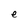
Character: e